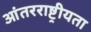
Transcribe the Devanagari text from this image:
आंतरराष्ट्रीयता